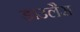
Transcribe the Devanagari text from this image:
डाउलैस